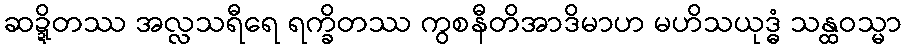
ဆဍ္ဍိတဿ အလ္လသရီရေ ရက္ခိတဿ ကွစနီတိအာဒိမာဟ မဟိသယုဒ္ဓံ သန္ထဝသ္မာ